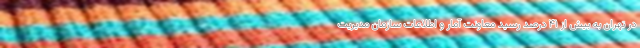
در تهران به بیش از ۴۱ درصد رسید معاونت آمار و اطلاعات سازمان مدیریت